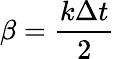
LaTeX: \beta={\frac{k\Delta t}{2}}